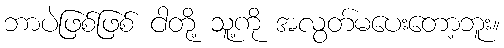
ဘာပဲဖြစ်ဖြစ် ငါတို့ သူ့ကို အလွတ်မပေးတော့ဘူး။